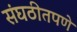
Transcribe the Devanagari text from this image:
संघठीतपणे